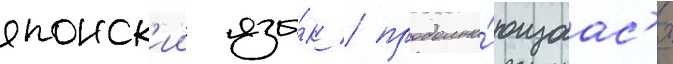
японск'ии язы́к / продолжа́ющаас'я